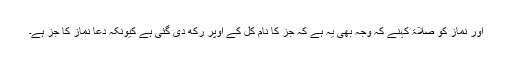
اور نماز کو صلاۃ کہنے کہ وجہ بھی یہ ہے کہ جز کا نام کل کے اوپر رکھ دی گئی ہے کیونکہ دعا نماز کا جز ہے۔